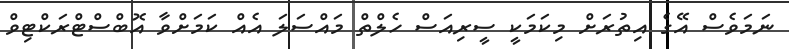
ނަމަވެސް އޭގެ އިތުރަށް މިކަމަކީ ސީރިއަސް ހެލްތް މައްސަލަ އެއް ކަމަށްވާ އޮބްސްޓްރަކްޓިވް